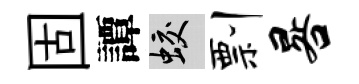
固譚蛟剽晷